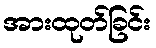
အားထုတ်ခြင်း